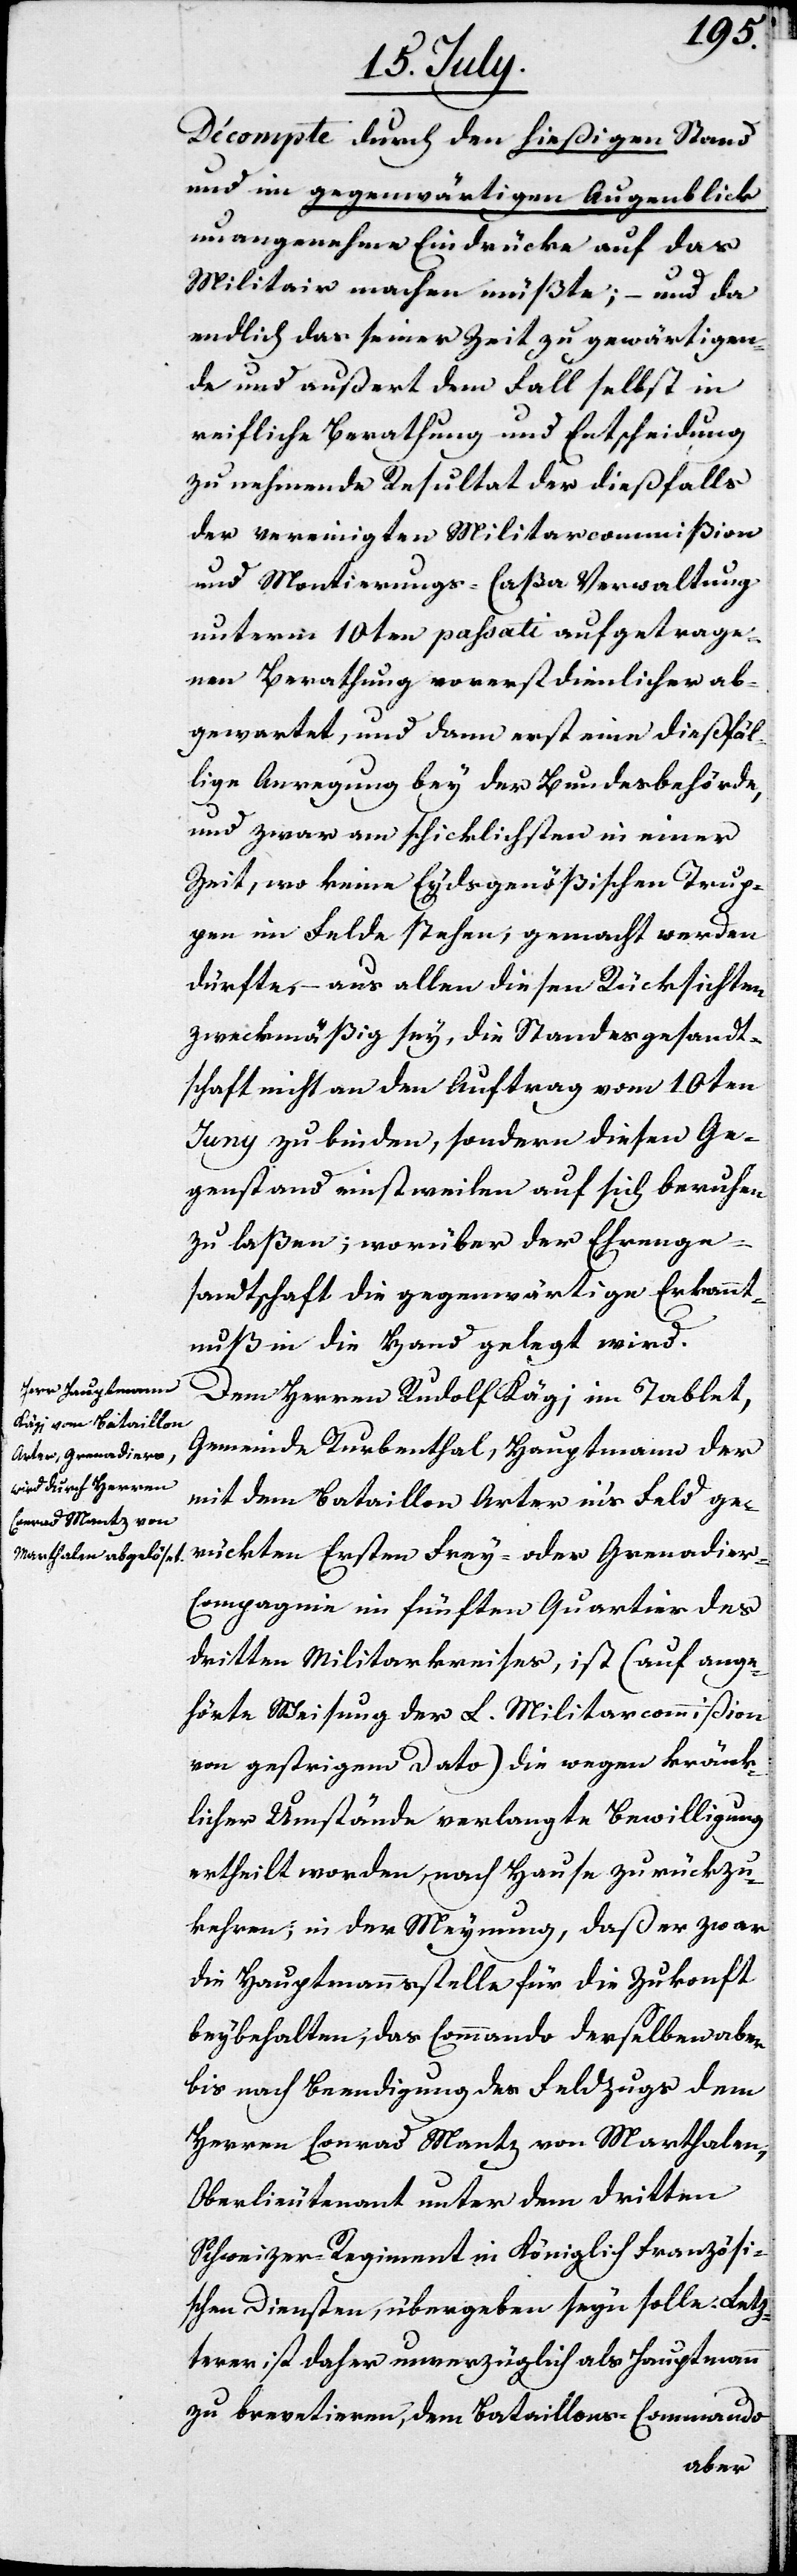
Décompte durch den hießigen Sta¬
nd im gegenwärtigen Augenblick
unangenehme Eindrücke auf das
Militair machen müßte; – und da
endlich das seiner Zeit zu gewärtigen¬
de und außert dem Fall selbst in
reifliche Berathung und Entscheidung
zu nehmende Resultat der dießfalls
der vereinigten Militarcommißion
und Montierungs-Caßa-Verwaltung
unterm 10ten passati aufgetrage¬
nen Berathung vorerst dienlicher ab¬
gewartet, und dann erst eine dießfäl¬
lige Anregung bey der Bundesbehörde,
und zwar am schicklichsten in einer
Zeit, wo keine Eydsgenößischen Trup¬
pen im Felde stehen, gemacht werden
dürfte, – aus allen diesen Rücksichten
zweckmäßig sey, die Standesgesandt¬
schaft nicht an den Auftrag vom 10ten
Juny zu binden, sondern diesen Ge¬
genstand einstweilen auf sich beruhen
zu laßen; worüber der Ehrenge¬
sandtschaft die gegenwärtige Erkannt¬
nuß in die Hand gelegt wird.
Dem Herrn Rudolf Kägi im Tablet,
Gemeinde Turbenthal, Hauptmann der
mit dem Bataillon Arter ins Feld ge¬
rückten Ersten Frey- oder Grenadier-C¬
ompagnie im fünften Quartier des
dritten Militarkreises, ist (auf ange¬
hörte Weisung der L. Militarcommißion
von gestrigem Dato) die wegen kränk¬
licher Umstände verlangte Bewilligung
ertheilt worden, nach Hause zurückzu¬
kehren; in der Meynung, daß er zwar
die Hauptmannstelle für die Zukunft
beybehalten, das Commando derselben aber
bis nach Beendigung des Feldzugs dem
Herrn Conrad Mantz von Marthalen,
Oberlieutenant unter dem dritten
Schweizer Regiment in Königlich Französi¬
schen Diensten, übergeben seyn solle. Letz¬
terer ist daher unverzüglich als Hauptmann
zu brevetieren, dem Bataillons-Commando